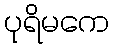
ပုရိမကေ